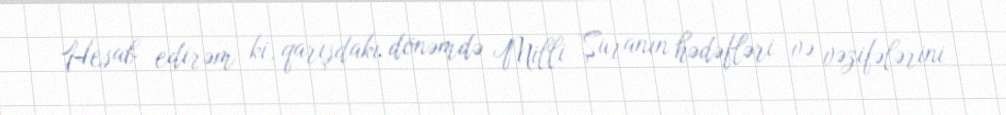
Hesab edirəm ki, qarışdakı dönəmdə Milli Şuranın hədəfləri və vəzifələrini